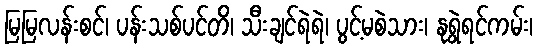
မြမြလန်းစင်၊ ပန်းသစ်ပင်တိ၊ သီးချင်ရဲရဲ၊ ပွင့်မစဲသား၊ နုရွဲရင်ကမ်း၊